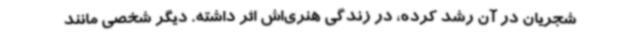
شجریان در آن رشد کرده، در زندگی هنری‌اش اثر داشته. دیگر شخصی مانند